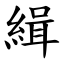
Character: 緝